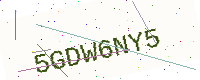
Text: 5GDW6NY5